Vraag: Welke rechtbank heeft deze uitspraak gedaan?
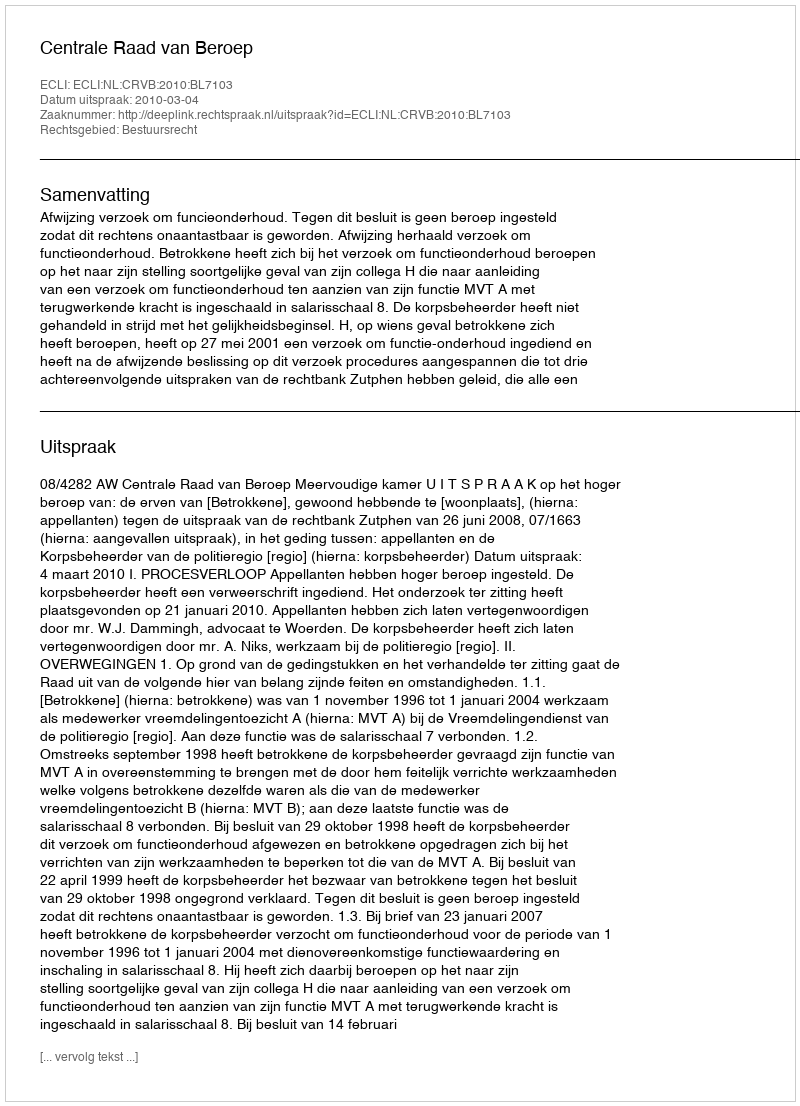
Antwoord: Centrale Raad van Beroep